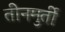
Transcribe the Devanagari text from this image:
तीनमुर्ती